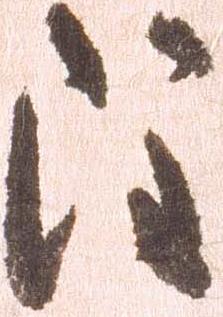
注